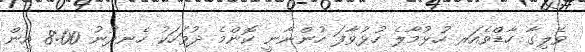
ވެލިގާ ހާޑްވެއަރ ހުޅުމާލެ ހުޅުވާފަ ހުންނާނީ ކޮންމެ ދުވަހަކު ހެނދުނު 8:00 އިން